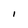
Character: I